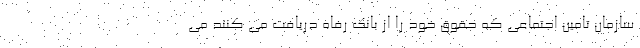
سازمان تامین اجتماعی که حقوق خود را از بانک رفاه دریافت می کنند می